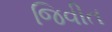
જિવીત